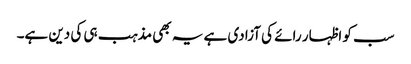
سب کو اظہار رائے کی آزادی ہے یہ بھی مذہب ہی کی دین ہے۔